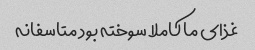
غذای ما کاملا سوخته بود متاسفانه